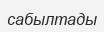
сабылтады